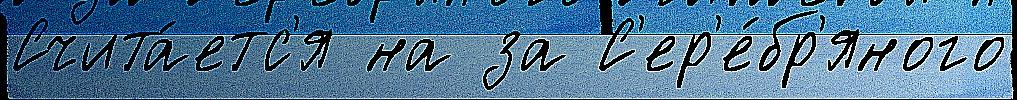
Счита́етс'я на за С'ер'е́бр'яного